Annual administration report of the Civil Veterinary Department of India - 1900-1901
Year: 1900
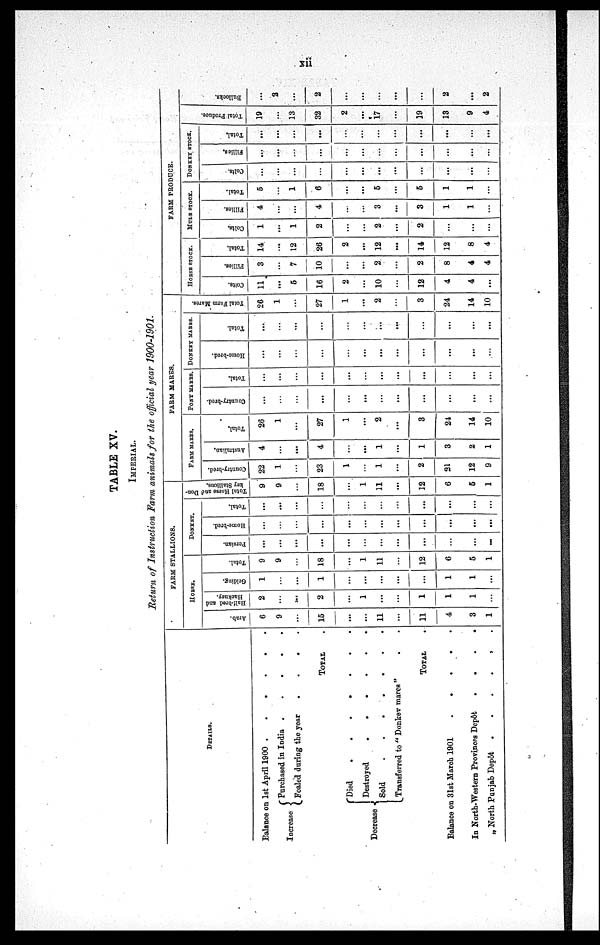
xii
TABLE XV.
IMPERIAL.
Return of Instruction, Farm animals for the official year 1900-1901.
DETAILS.
Balance on 1st April 1900 . . . . . .
Increase
Purchased in India . . . . .
Foaled during the year . . . .
TOTAL .
Decrease
Died
.
.
. . . . .
Destroyed . . . . . .
Sold . . . . . . .
Transferred to "Donkey mares " . .
TOTAL .
Balance on 31st March 1901 . . . .
In North-Western Provinces Depôt . .
„ North Punjab Depôt . . . .
FARM STALLIONS.
HORSE.
Arab.
6
9
...
15
...
...
11
...
11
4
3
1
Half-bred
and
Hackney.
2
...
...
2
...
1
...
...
1
1
1
...
Gelding.
1
...
...
1
...
...
...
...
...
1
1
...
Total.
9
9
...
18
...
1
11
...
12
6
5
1
DONKEY.
Persian.
...
...
...
...
...
...
...
...
...
...
...
...
Home-bred.
...
...
...
...
...
...
...
...
...
...
...
...
Total.
...
...
...
...
...
...
...
...
...
...
...
...
Total Horse and Don-
key Stallions.
9
9
...
18
...
1
11
...
12
6
5
1
FARM MARES.
FARM MARES.
Country-bred.
22
1
...
23
1
...
1
...
2
21
12
9
Australian.
4
. . .
...
4
...
...
1
...
1
3
2
1
Total.
26
1
...
27
1
...
2
...
3
24
14
10
PONY MARES.
Country-dred.
...
...
...
...
...
...
...
...
...
...
...
...
Total.
...
...
...
...
...
...
...
...
...
...
...
...
DONKEY MARES.
Home-bred.
...
...
...
...
...
...
...
...
...
...
...
...
Total.
...
...
...
...
...
...
...
...
...
...
...
...
Total Farm Mares.
26
1
...
27
1
...
2
...
3
24
14
10
FARM PRODUCE.
HORSE STOCK.
Colts.
11
...
5
16
2
...
10
...
12
4
4
...
Fillies.
3
...
7
10
...
...
2
...
2
8
4
4
Total.
14
...
12
26
2
...
12
...
14
12
8
4
MULE STOCK.
Colts.
1
...
1
2
...
...
2
...
2
...
...
...
Fillies.
4
...
...
4
...
...
3
...
3
1
1
...
Total.
5
...
1
6
...
...
5
...
5
1
1
...
DONKEY STOCK.
Colts.
...
...
...
...
...
...
...
...
...
...
...
...
Fillies.
...
...
...
...
...
...
...
...
...
...
Total.
...
...
...
...
...
...
...
...
...
...
...
Total Produce.
19
...
13
32
2
...
17
...
19
13
9
4
Bullocks.
...
2
...
2
...
...
...
...
...
2
...
2